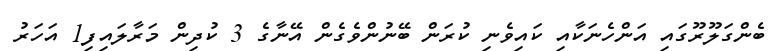
ބެންގަލޫރޫގައި އަންހެނަކާއި ކައިވެނި ކުރަން ބޭނުންވެގެން އޭނާގެ 3 ކުދިން މަރާލައިފި1 އަހަރު